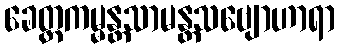
ခေတ္တကမ္မန္တသာမန္တသဗျောဟာရာ